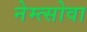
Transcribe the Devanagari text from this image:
नेम्त्सोवा